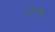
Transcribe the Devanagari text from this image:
रायबरेलीच्या